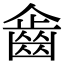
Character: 𪗖